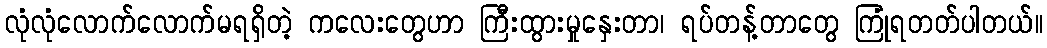
လုံလုံလောက်လောက်မရရှိတဲ့ ကလေးတွေဟာ ကြီးထွားမှုနှေးတာ၊ ရပ်တန့်တာတွေ ကြုံရတတ်ပါတယ်။